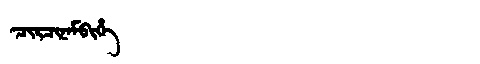
Manchu: ᠴᡳᡵᠴᡳᠨᠠᠮᠪᡳᡥᡝ
Romanization: CIRCINAMBIHE